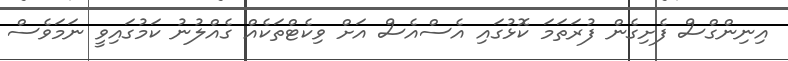
އިނިންގްސް ފެށިގެން ފުރަތަމަ ކޮޅުގައި އެސްއެސް އަށް ވިކެޓްތަކެއް ގެއްލުނު ކަމުގައިވީ ނަމަވެސް